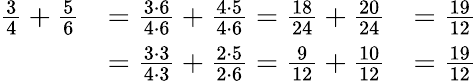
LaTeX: {\begin{array}{rlr}{{\frac{3}{4}}+{\frac{5}{6}}}&{={\frac{3\cdot 6}{4\cdot 6}}+{\frac{4\cdot 5}{4\cdot 6}}={\frac{18}{24}}+{\frac{20}{24}}}&{={\frac{19}{12}}}\\ &{={\frac{3\cdot 3}{4\cdot 3}}+{\frac{2\cdot 5}{2\cdot 6}}={\frac{9}{12}}+{\frac{10}{12}}}&{={\frac{19}{12}}}\end{array}}